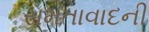
સમતાવાદની